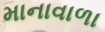
માનાવાળા